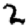
Digit: 2